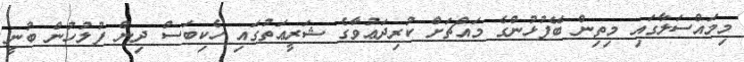
މިމައްސަލާގައި މިތިން ބޭފުޅުންގެ މައްޗަށް ކުރިދަޢުވާގެ ޝަރީޢަތުގައި ހެކިބަސް ދިން ފުލުހުން ބުނީ